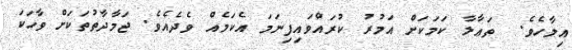
އިލާހެވެ.  ތަޢާލާ ކަމަކަށް އަމުރު ކުރައްވައިފިނަމަ އެކަމެއް ވެދެއެވެ. ޖަމާދާތުތަކަށް ވާހަކަ